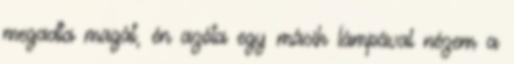
megadta magát, én azóta egy másik lámpával nézem a